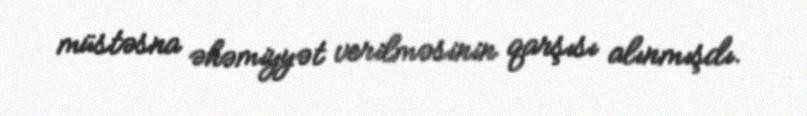
müstəsna əhəmiyyət verilməsinin qarşısı alınmışdı.